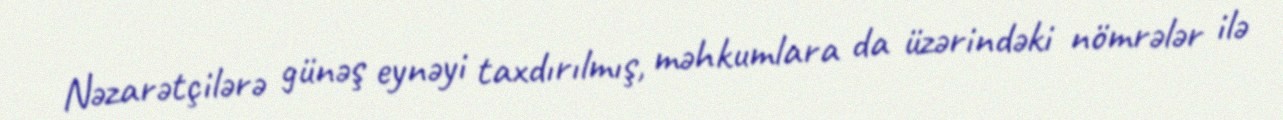
Nəzarətçilərə günəş eynəyi taxdırılmış, məhkumlara da üzərindəki nömrələr ilə